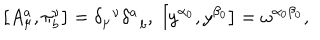
LaTeX: \left[ A _ { \mu } ^ { a } , \pi _ { b } ^ { \nu } \right] = \delta _ { \mu } ^ { \; \; \nu } \delta _ { \; \; b } ^ { a } , \; \left[ y ^ { \alpha _ { 0 } } , y ^ { \beta _ { 0 } } \right] = \omega ^ { \alpha _ { 0 } \beta _ { 0 } } ,